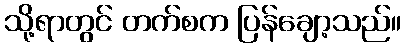
သို့ရာတွင် တက်စက ပြန်ချော့သည်။